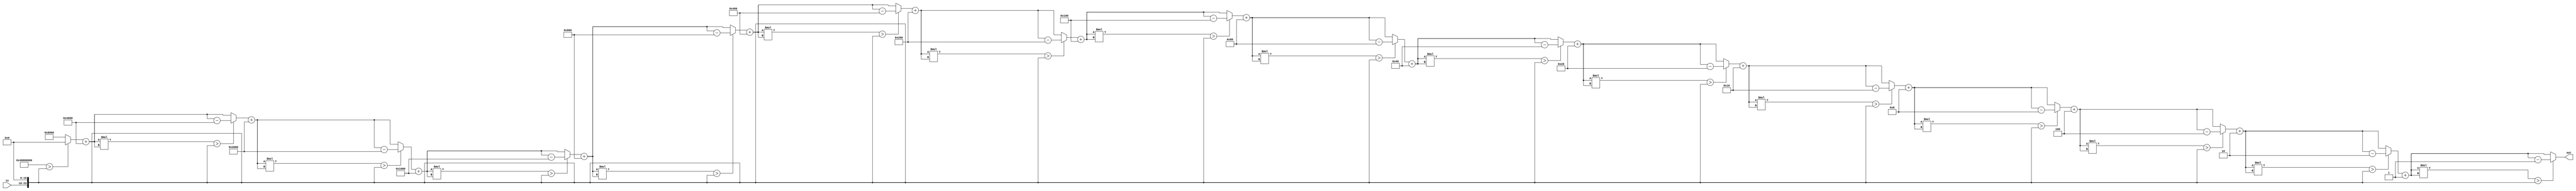
`timescale 1ns / 1ps
//////////////////////////////////////////////////////////////////////////////////
// Company: 
// Engineer: 
// 
// Design Name: 
// Module Name:    square_root 
// Project Name: 
// Target Devices: 
// Tool versions: 
// Description: 
//
// Dependencies: 
//
// Revision: 
// Revision 0.01 - File Created
// Additional Comments: 
//
//////////////////////////////////////////////////////////////////////////////////
module square_root(
	output [15:0] out,
   input [7:0] in
   );
	
	reg [31:0] in_aux;
	reg [15:0] base;
	reg [15:0] result;
	
	always@(*) begin
		//Shiftare la stanga pentru precizia radacinii 
		//numerelor care nu sunt patrate perfecte
		in_aux = in << 16; 
		base = 1 << 15;
		result = 0;
		repeat(16) begin 
			result = result + base;
			if(result * result > in_aux) begin
				result = result - base; // Baza nu ar fi trebuit adaugata, asa ca scadem din nou
			end
			base = base >> 1; //Echivalent cu impartirea la 2
		end
	end
	
	//Atribuire continua pentru output
	assign out = result;

endmodule